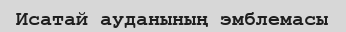
Исатай ауданының эмблемасы